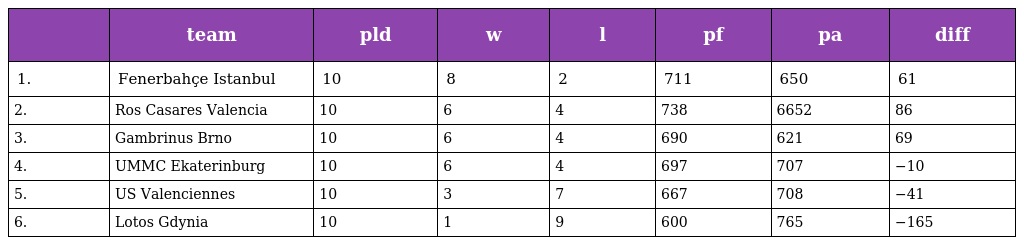
|  | team | pld | w | l | pf | pa | diff |
 | --- | --- | --- | --- | --- | --- | --- | --- |
 | 1. | Fenerbahçe Istanbul | 10 | 8 | 2 | 711 | 650 | 61 |
 | 2. | Ros Casares Valencia | 10 | 6 | 4 | 738 | 6652 | 86 |
 | 3. | Gambrinus Brno | 10 | 6 | 4 | 690 | 621 | 69 |
 | 4. | UMMC Ekaterinburg | 10 | 6 | 4 | 697 | 707 | −10 |
 | 5. | US Valenciennes | 10 | 3 | 7 | 667 | 708 | −41 |
 | 6. | Lotos Gdynia | 10 | 1 | 9 | 600 | 765 | −165 |